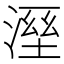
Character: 溼